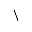
\backslash